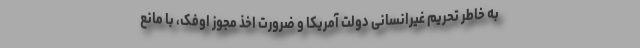
به خاطر تحریم غیرانسانی دولت آمریکا و ضرورت اخذ مجوز اوفک، با مانع